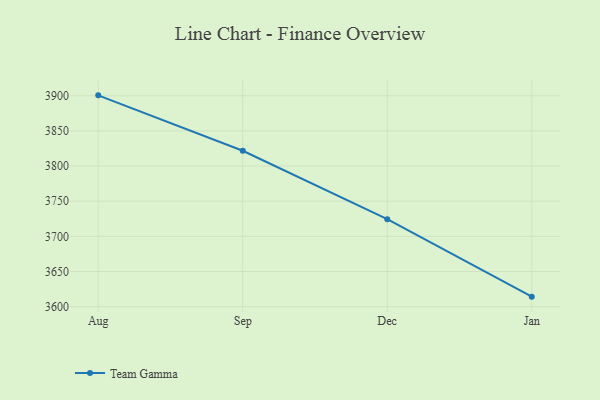
{"axis": {"x": "Month", "y": "Population (Million)"}, "legend": ["Team Gamma"], "data": [{"x": "Aug", "y": 3900.6, "type": "Team Gamma"}, {"x": "Sep", "y": 3821.8, "type": "Team Gamma"}, {"x": "Dec", "y": 3724.4, "type": "Team Gamma"}, {"x": "Jan", "y": 3614.2, "type": "Team Gamma"}]}